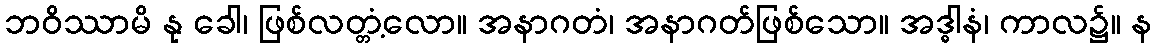
ဘဝိဿာမိ နု ခေါ၊ ဖြစ်လတ္တံ့လော။ အနာဂတံ၊ အနာဂတ်ဖြစ်သော။ အဒ္ဓါနံ၊ ကာလ၌။ န